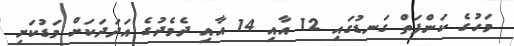
މަހުގެ ކަންފަތް ގަނޑުގައި 12 އާއި 14 އާއި ދެެމެދުގެ އަދަދަކަށް މަޑުކަށި